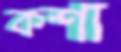
কশা